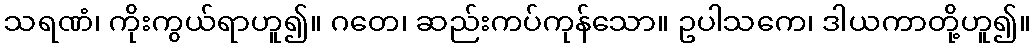
သရဏံ၊ ကိုးကွယ်ရာဟူ၍။ ဂတေ၊ ဆည်းကပ်ကုန်သော။ ဥပါသကေ၊ ဒါယကာတို့ဟူ၍။